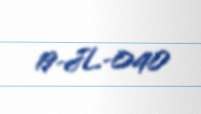
19-JL-040